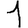
Digit: 1